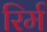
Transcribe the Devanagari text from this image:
रिर्म